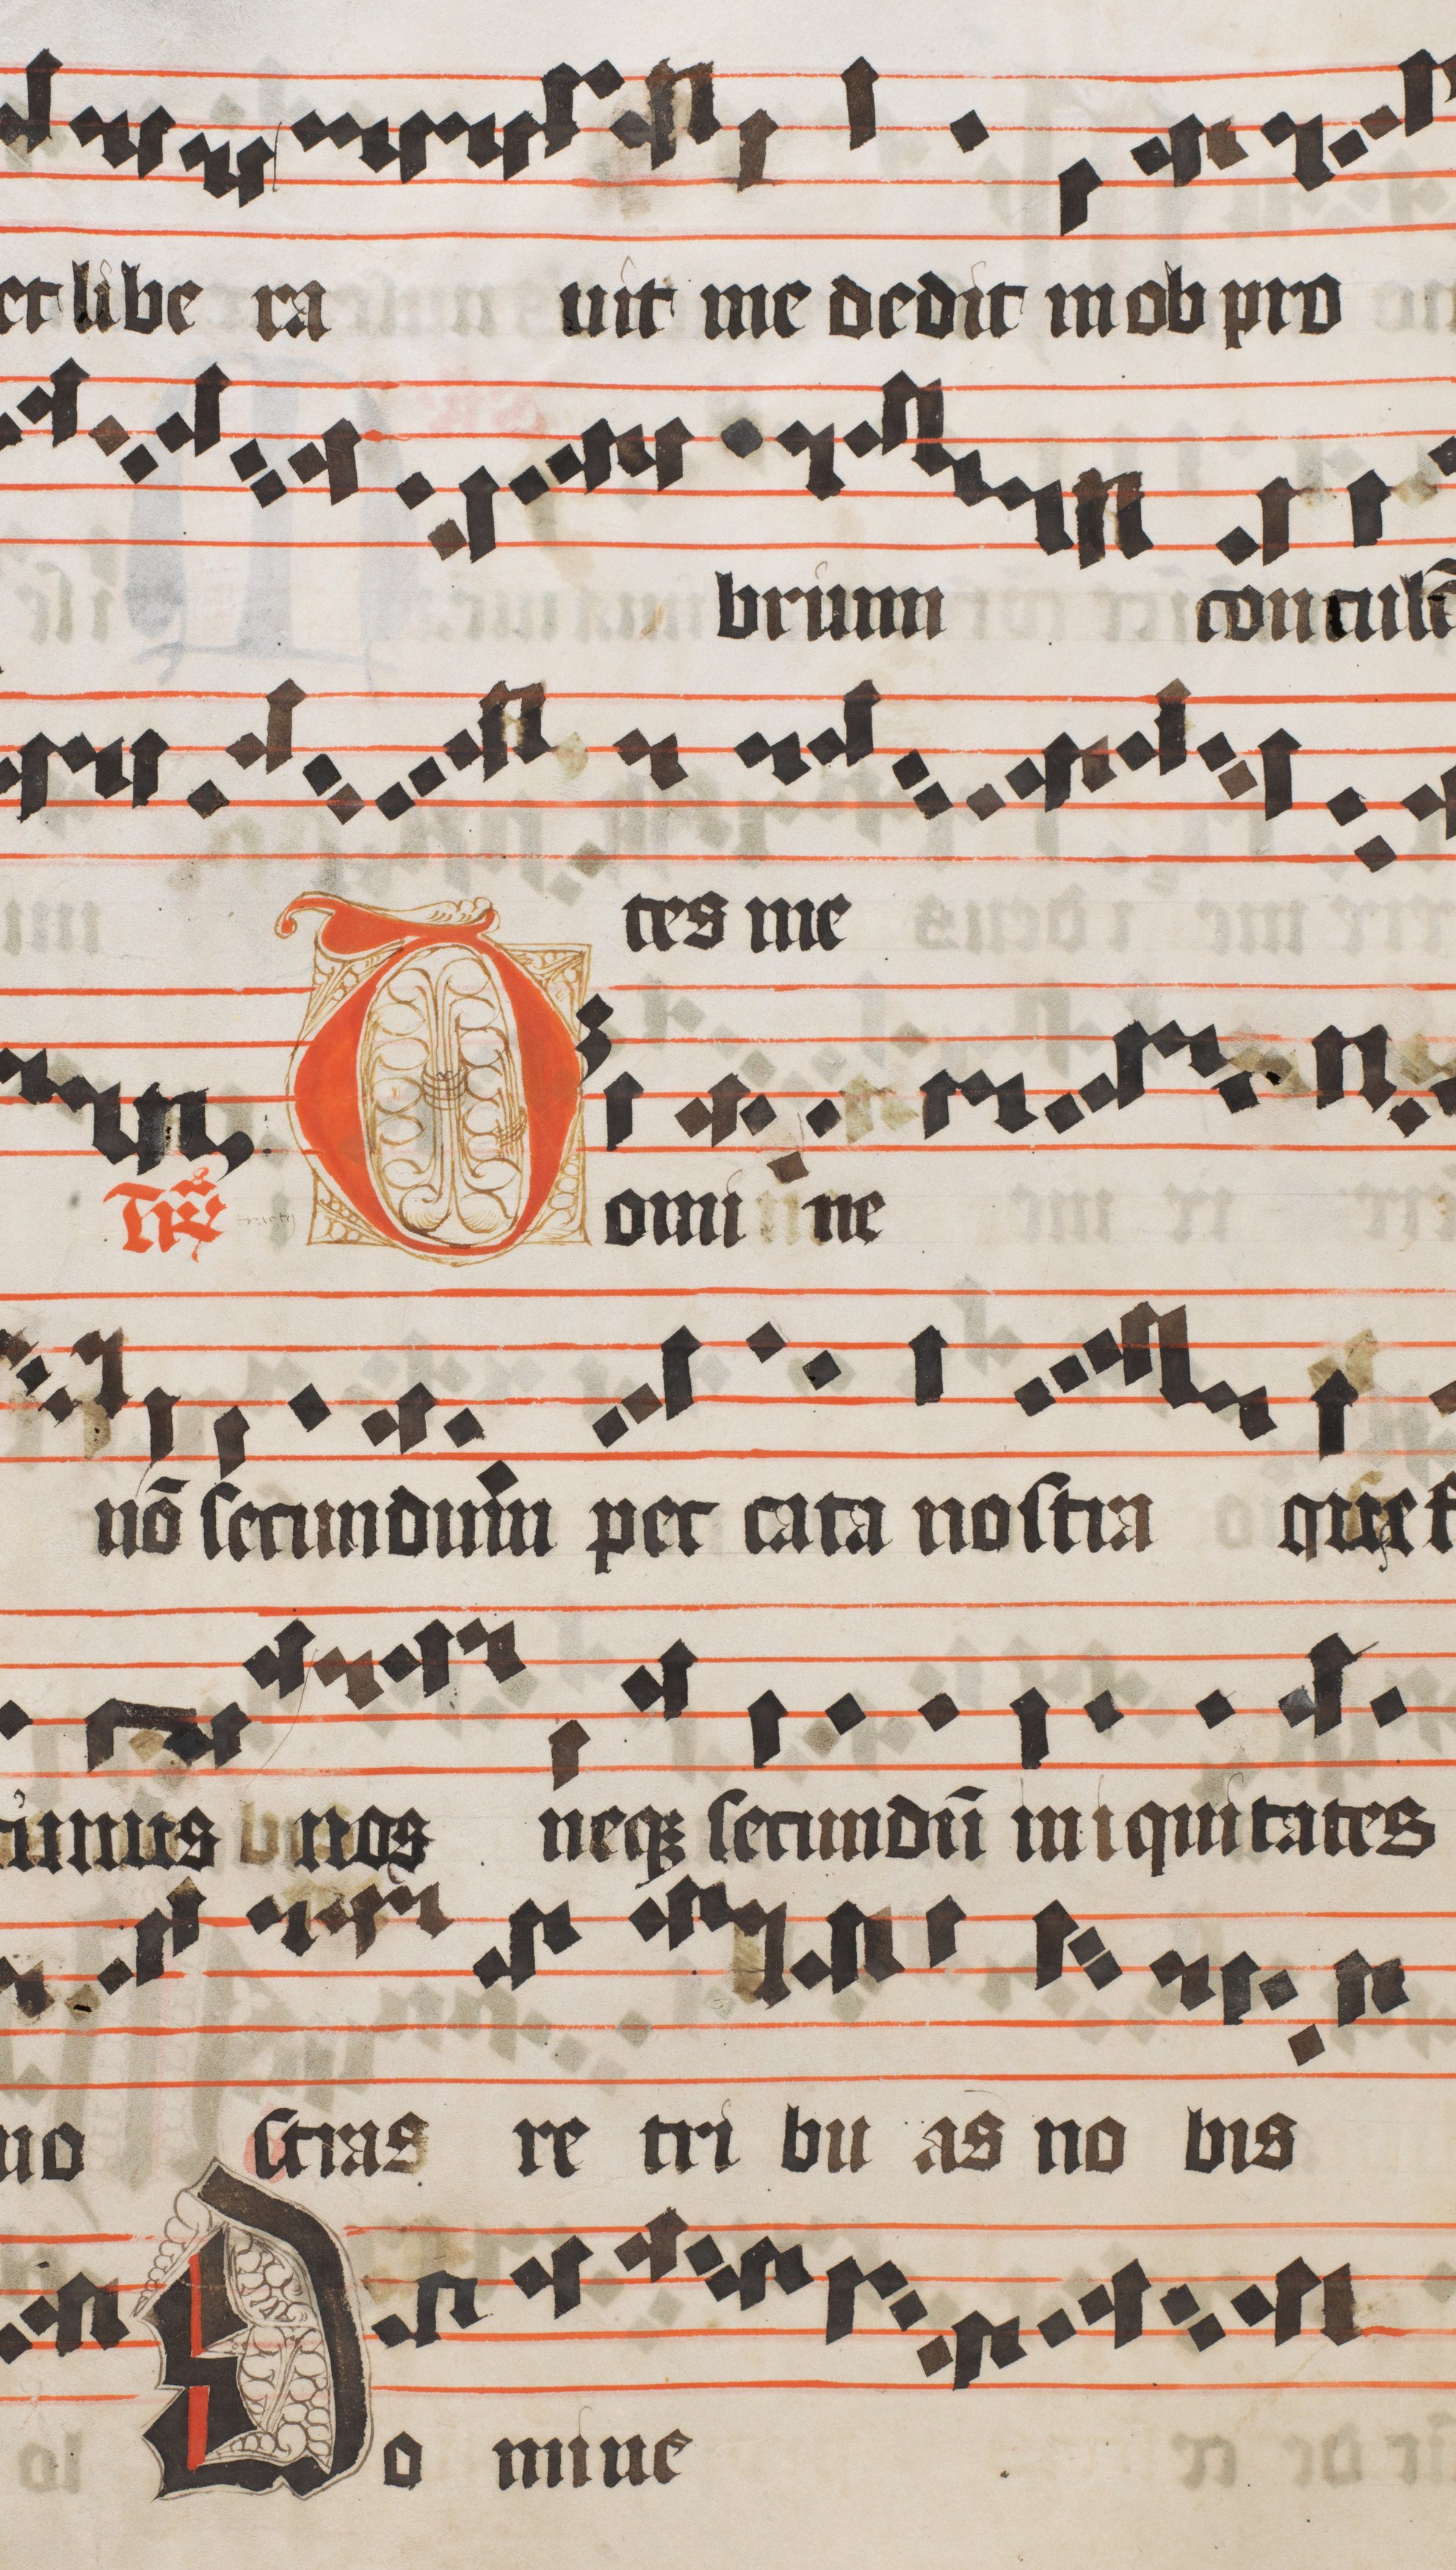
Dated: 1450–1599